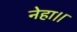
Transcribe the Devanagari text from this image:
नेहा।।